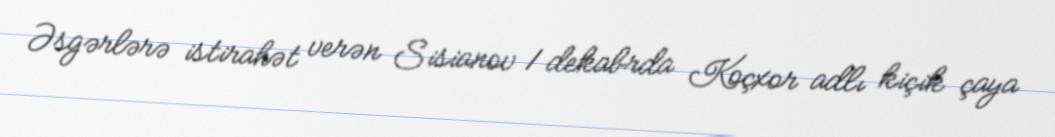
Əsgərlərə istirahət verən Sisianov 1 dekabrda Koçxor adlı kiçik çaya